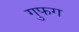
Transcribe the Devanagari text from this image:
गुफग